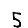
Digit: 5